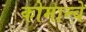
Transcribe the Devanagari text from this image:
कोमान्चे